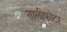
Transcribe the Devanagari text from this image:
तालीफोटा